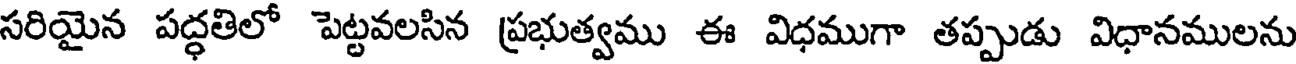
సరియైన పద్ధతిలో పెట్టవలసిన ప్రభుత్వము ఈ విధముగా తప్పుడు విధానములను